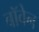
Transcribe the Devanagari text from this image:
बॉवेन